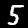
Label: 5